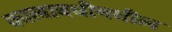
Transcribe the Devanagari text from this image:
कालावधीमधील